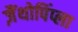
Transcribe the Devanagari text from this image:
ज़ैंथोपिंप्ला